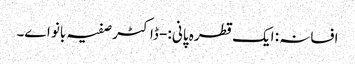
افسانہ : ایک قطرہ پانی :- ڈاکٹر صفیہ بانو اے۔